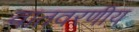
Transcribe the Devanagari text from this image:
वातवरणीय